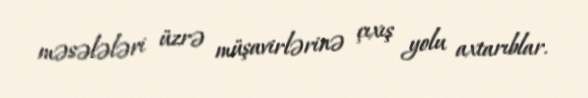
məsələləri üzrə müşavirlərinə çıxış yolu axtarıblar.